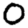
Digit: 0